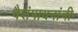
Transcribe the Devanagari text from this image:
वैशंपायनांनी